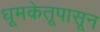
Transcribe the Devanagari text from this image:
धूमकेतूपासून